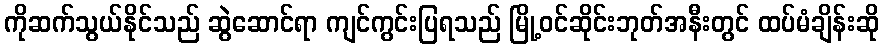
ကိုဆက်သွယ်နိုင်သည် ဆွဲဆောင်ရာ ကျင်ကွင်းပြရသည် မြို့ဝင်ဆိုင်းဘုတ်အနီးတွင် ထပ်မံချိန်းဆို